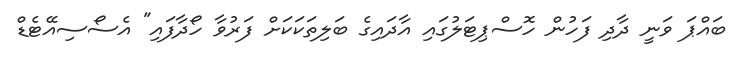
ބައްޕަ ވަނީ ދާދި ފަހުން ހޮސްޕިޓަލުގައި އާދައިގެ ބަލިތަކަކަށް ފަރުވާ ހޯދާފައި" އެސޯސިއޭޓެޑް